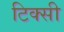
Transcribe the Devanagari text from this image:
टिक्सी